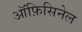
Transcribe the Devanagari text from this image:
ऑफ़िसिनेल